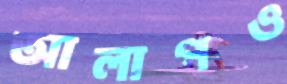
আলাপও